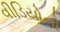
વીડિયોનો